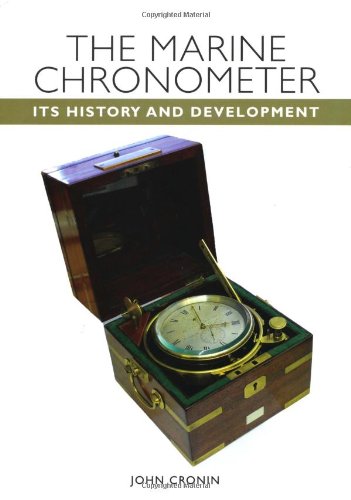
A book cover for The Marine Chronometer: Its History and Development; John Cronin; Engineering & Transportation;